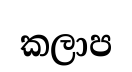
කලාප